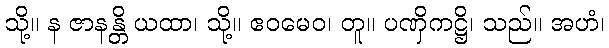
သို့။ န ဇာနန္တိ ယထာ၊ သို့။ ဧဝမေဝ၊ တူ။ ပဏှိကဋ္ဌိ၊ သည်။ အဟံ၊